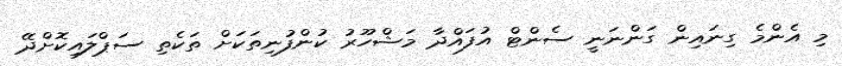
މި އެންމެ ގިނައިން ގަންނަނީ ސެންޓް އުފައްދާ މަޝްހޫރު ކުންފުނިތަކަށް ތަކެތި ސަޕްލައިކޮށްދޭ